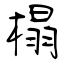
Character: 榻